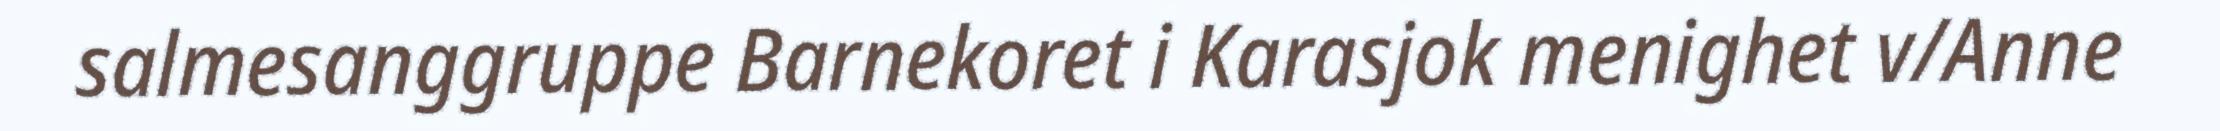
salmesanggruppe Barnekoret i Karasjok menighet v/Anne